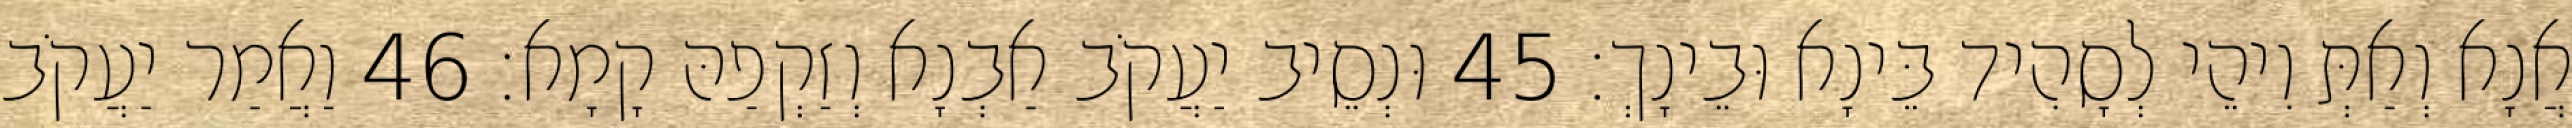
אֲנָא וְאַתְּ וִיהֵי לְסָהִיד בֵּינָא וּבֵינָךְ׃ 45 וּנְסֵיב יַעֲקֹב אַבְנָא וְזַקְפַהּ קָמָא׃ 46 וַאֲמַר יַעֲקֹב